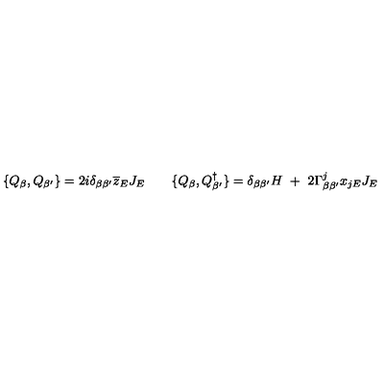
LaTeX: \{ Q _ { \beta } , Q _ { \beta ^ { \prime } } \} = 2 i \delta _ { \beta \beta ^ { \prime } } \overline { { z } } _ { E } J _ { E } \quad \quad \{ Q _ { \beta } , Q _ { \beta ^ { \prime } } ^ { \dagger } \} = \delta _ { \beta \beta ^ { \prime } } H \ + \ 2 \Gamma _ { \beta \beta ^ { \prime } } ^ { j } x _ { j E } J _ { E }